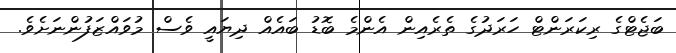
ބަޖެޓްގެ ރިކަރަންޓް ހަރަދުގެ ތެރެއިން އެންމެ ބޮޑު ބައެއް ދިޔައީ ވެސް މުވައްޒަފުންނަށެވެ.